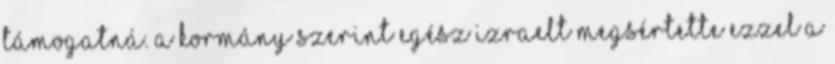
támogatná. A kormány szerint egész Izraelt megsértette ezzel a